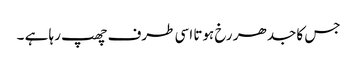
جس کا جدھر رخ ہوتا اسی طرف چھپ رہا ہے ۔